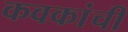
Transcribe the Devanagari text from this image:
कवकांची